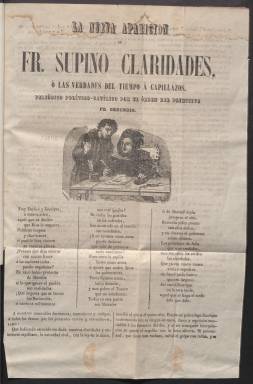
Título: Fr. Supino Claridades o Las Verdades políticas a capillazos
Otros títulos: Fray Supino Claridades o Las Verdades políticas a capillazos || Verdades políticas a capillazos || Fr. Supino Claridades o Las Verdades del tiempo a capillazos || Fr. Supino Claridades, del distinguido orden gerundiano
Colección: Revistas satíricas y humorísticas
Ámbito geográfico: Madrid
Lugar de publicación: Madrid
Fechas: 01/01/1855-03/10/1855